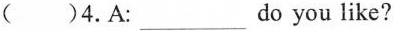
( )4.A:___do you like?